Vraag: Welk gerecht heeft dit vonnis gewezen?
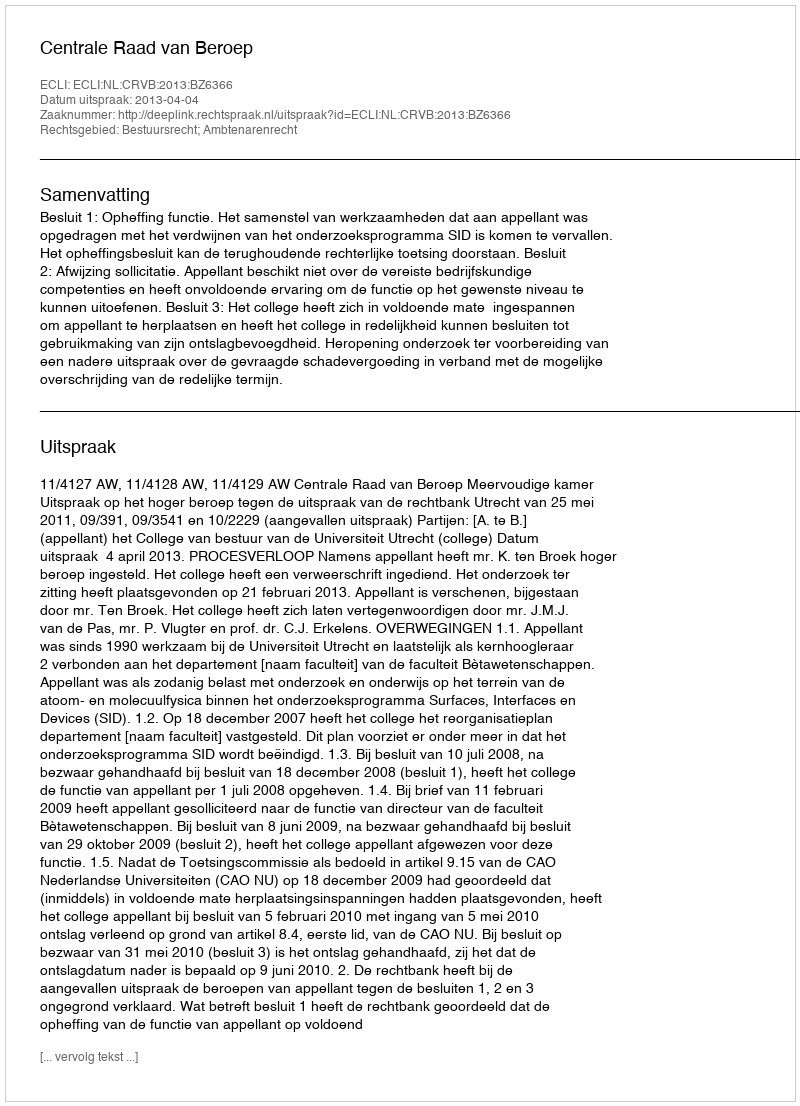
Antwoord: Centrale Raad van Beroep